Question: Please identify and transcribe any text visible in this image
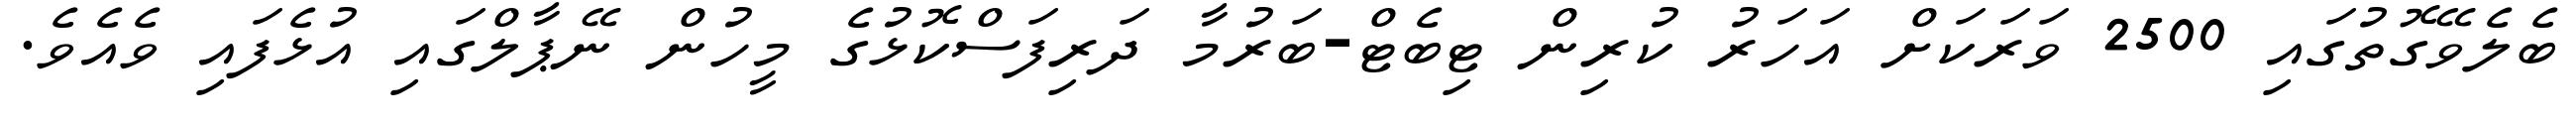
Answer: ބެލެވޭގޮތުގައި 2500 ވަރަކަށް އަހަރު ކުރިން ޓިބެޓް-ބަރުމާ ދަރިފަސްކޮޅުގެ މީހުން ނޭޕާލްގައި އުޅެފައި ވެއެވެ.